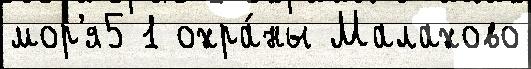
мор'я5 1 охра́ны Малахово